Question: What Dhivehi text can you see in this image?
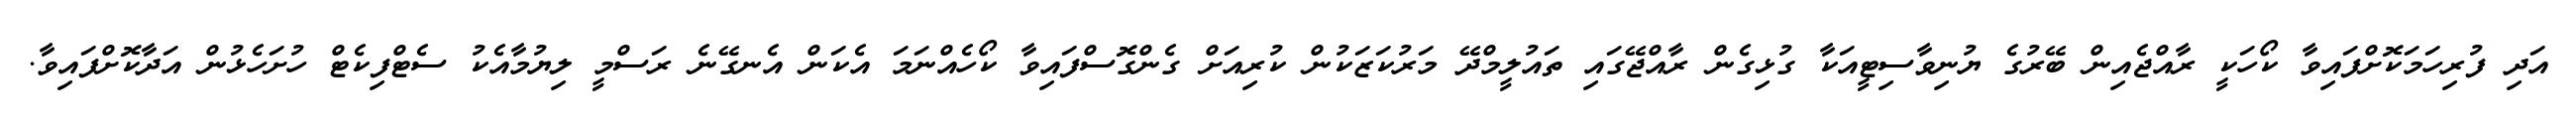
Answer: އަދި ފުރިހަމަކޮށްފައިވާ ކޯހަކީ ރާއްޖެއިން ބޭރުގެ ޔުނިވާސިޓީއަކާ ގުޅިގެން ރާއްޖޭގައި ތައުލީމްދޭ މަރުކަޒަކުން ކުރިއަށް ގެންގޮސްފައިވާ ކޯހެއްނަމަ އެކަން އެނގޭނެ ރަސްމީ ލިޔުމާއެކު ސެޓްފިކެޓް ހުށަހެޅުން އަދާކޮށްފައިވާ.